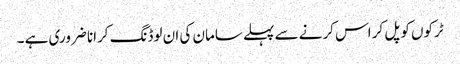
ٹرکوں کو پل کر اس کرنے سے پہلے سامان کی ان لوڈنگ کرانا ضروری ہے ۔